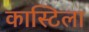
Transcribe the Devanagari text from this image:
कास्टिला